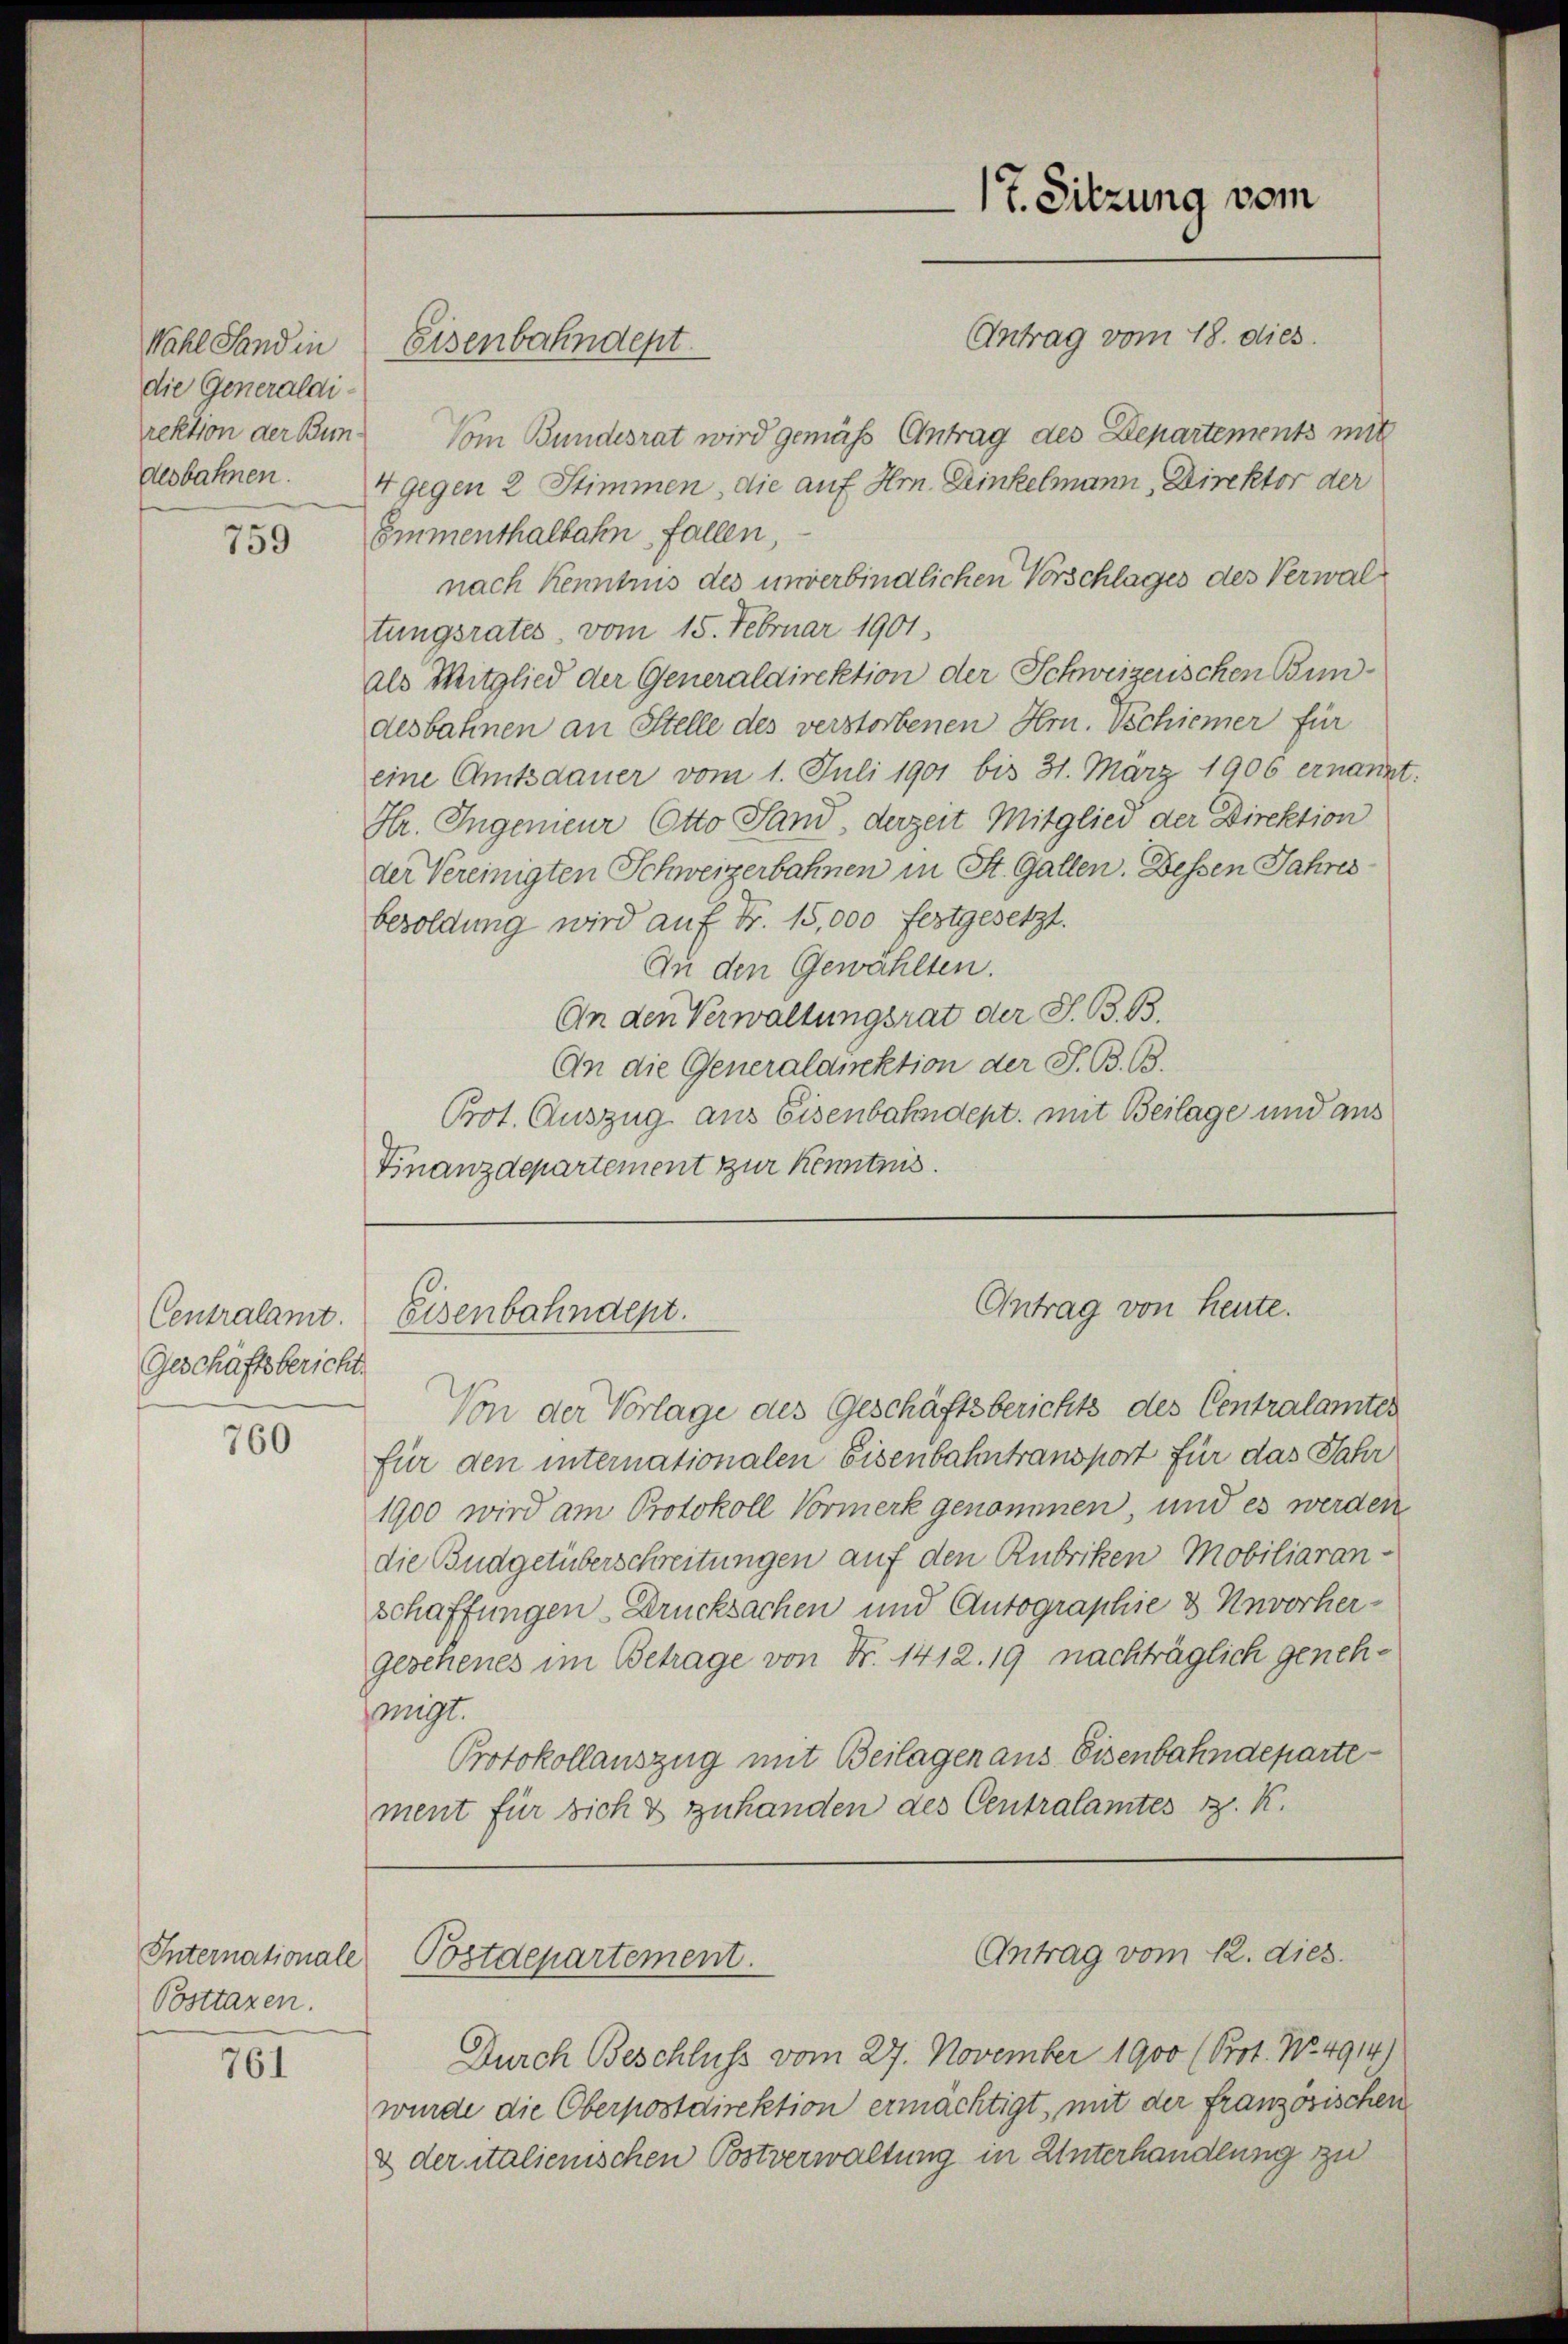
Wahl Sand in
die Generaldidesbahnen.

759

Geschäftsbericht.

760

Posttaxen.

761

rektion der Bun¬ Vom Bundesrat wird gemäss Antrag des Departements mit
4 gegen 2 Stimmen, die auf Hrn. Dinkelmann, Direktor der
Emmenthalbahn fallen,
nach Kenntnis des unverbindlichen Vorschlages des Verwaltungsrates, vom 15. Februar 1901.
als Mitglied der Generaldirektion der Schweizerischen Bundesbahnen an Stelle des verstorbenen Hrn. Tschiener für
eine Amtsdauer vom 1. Juli 1901 bis 31. März 1906 ernannt.
Hr. Ingenieur Otto Sand, derzeit Mitglied der Direktion
der Vereinigten Schweizerbahnen in St. Gallen. Dessen Jahres
besoldung wird auf Fr. 15,000 festgesetzt.
An den Gewählten.
An den Verwaltungsrat der S. B. B.
An die Generaldirektion der S. B. B.
Prot. Auszug aus Eisenbahndept, mit Beilage und aus
Finanzdepartement zur Kenntnis.

Eisenbahndept.

17. Sitzung vom
Antrag vom 18. dies.

Von der Vorlage des Geschäftsberichts des Centralamter
für den internationalen Eisenbahntransport für das Jahr
1900 wird am Protokoll Vormerk genommen, und es werden
die Budgetüberschreitungen auf den Rubriken Mobiliaranschaffungen Drucksachen und Autographie & Unvorhergeschenes im Betrage von Nr. 1412. 19 nachträglich genehmigt.
Protokollauszug mit Beilagen aus Eisenbahndeparte
ment für sich & zuhanden des Centralamtes K. K.

Antrag von Heute.
Centralamt. Eisenbahndept.

Internationale Postdepartement.

Antrag vom 12. dies

Durch Beschluss vom 27. November 1900 (Prot. No. 4914)
wurde die Oberpostdirektion ermächtigt, mit der französischen
& der italienischen Botverwaltung in Unterhandlung zu